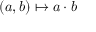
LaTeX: ( a , b ) \mapsto a \cdot b